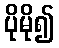
ပိုမို၍